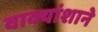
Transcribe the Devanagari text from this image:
वाक्यांशाने